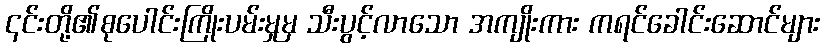
၎င်းတို့၏စုပေါင်းကြိုးပမ်းမှုမှ သီးပွင့်လာသော အကျိုးကား ကရင်ခေါင်းဆောင်များ